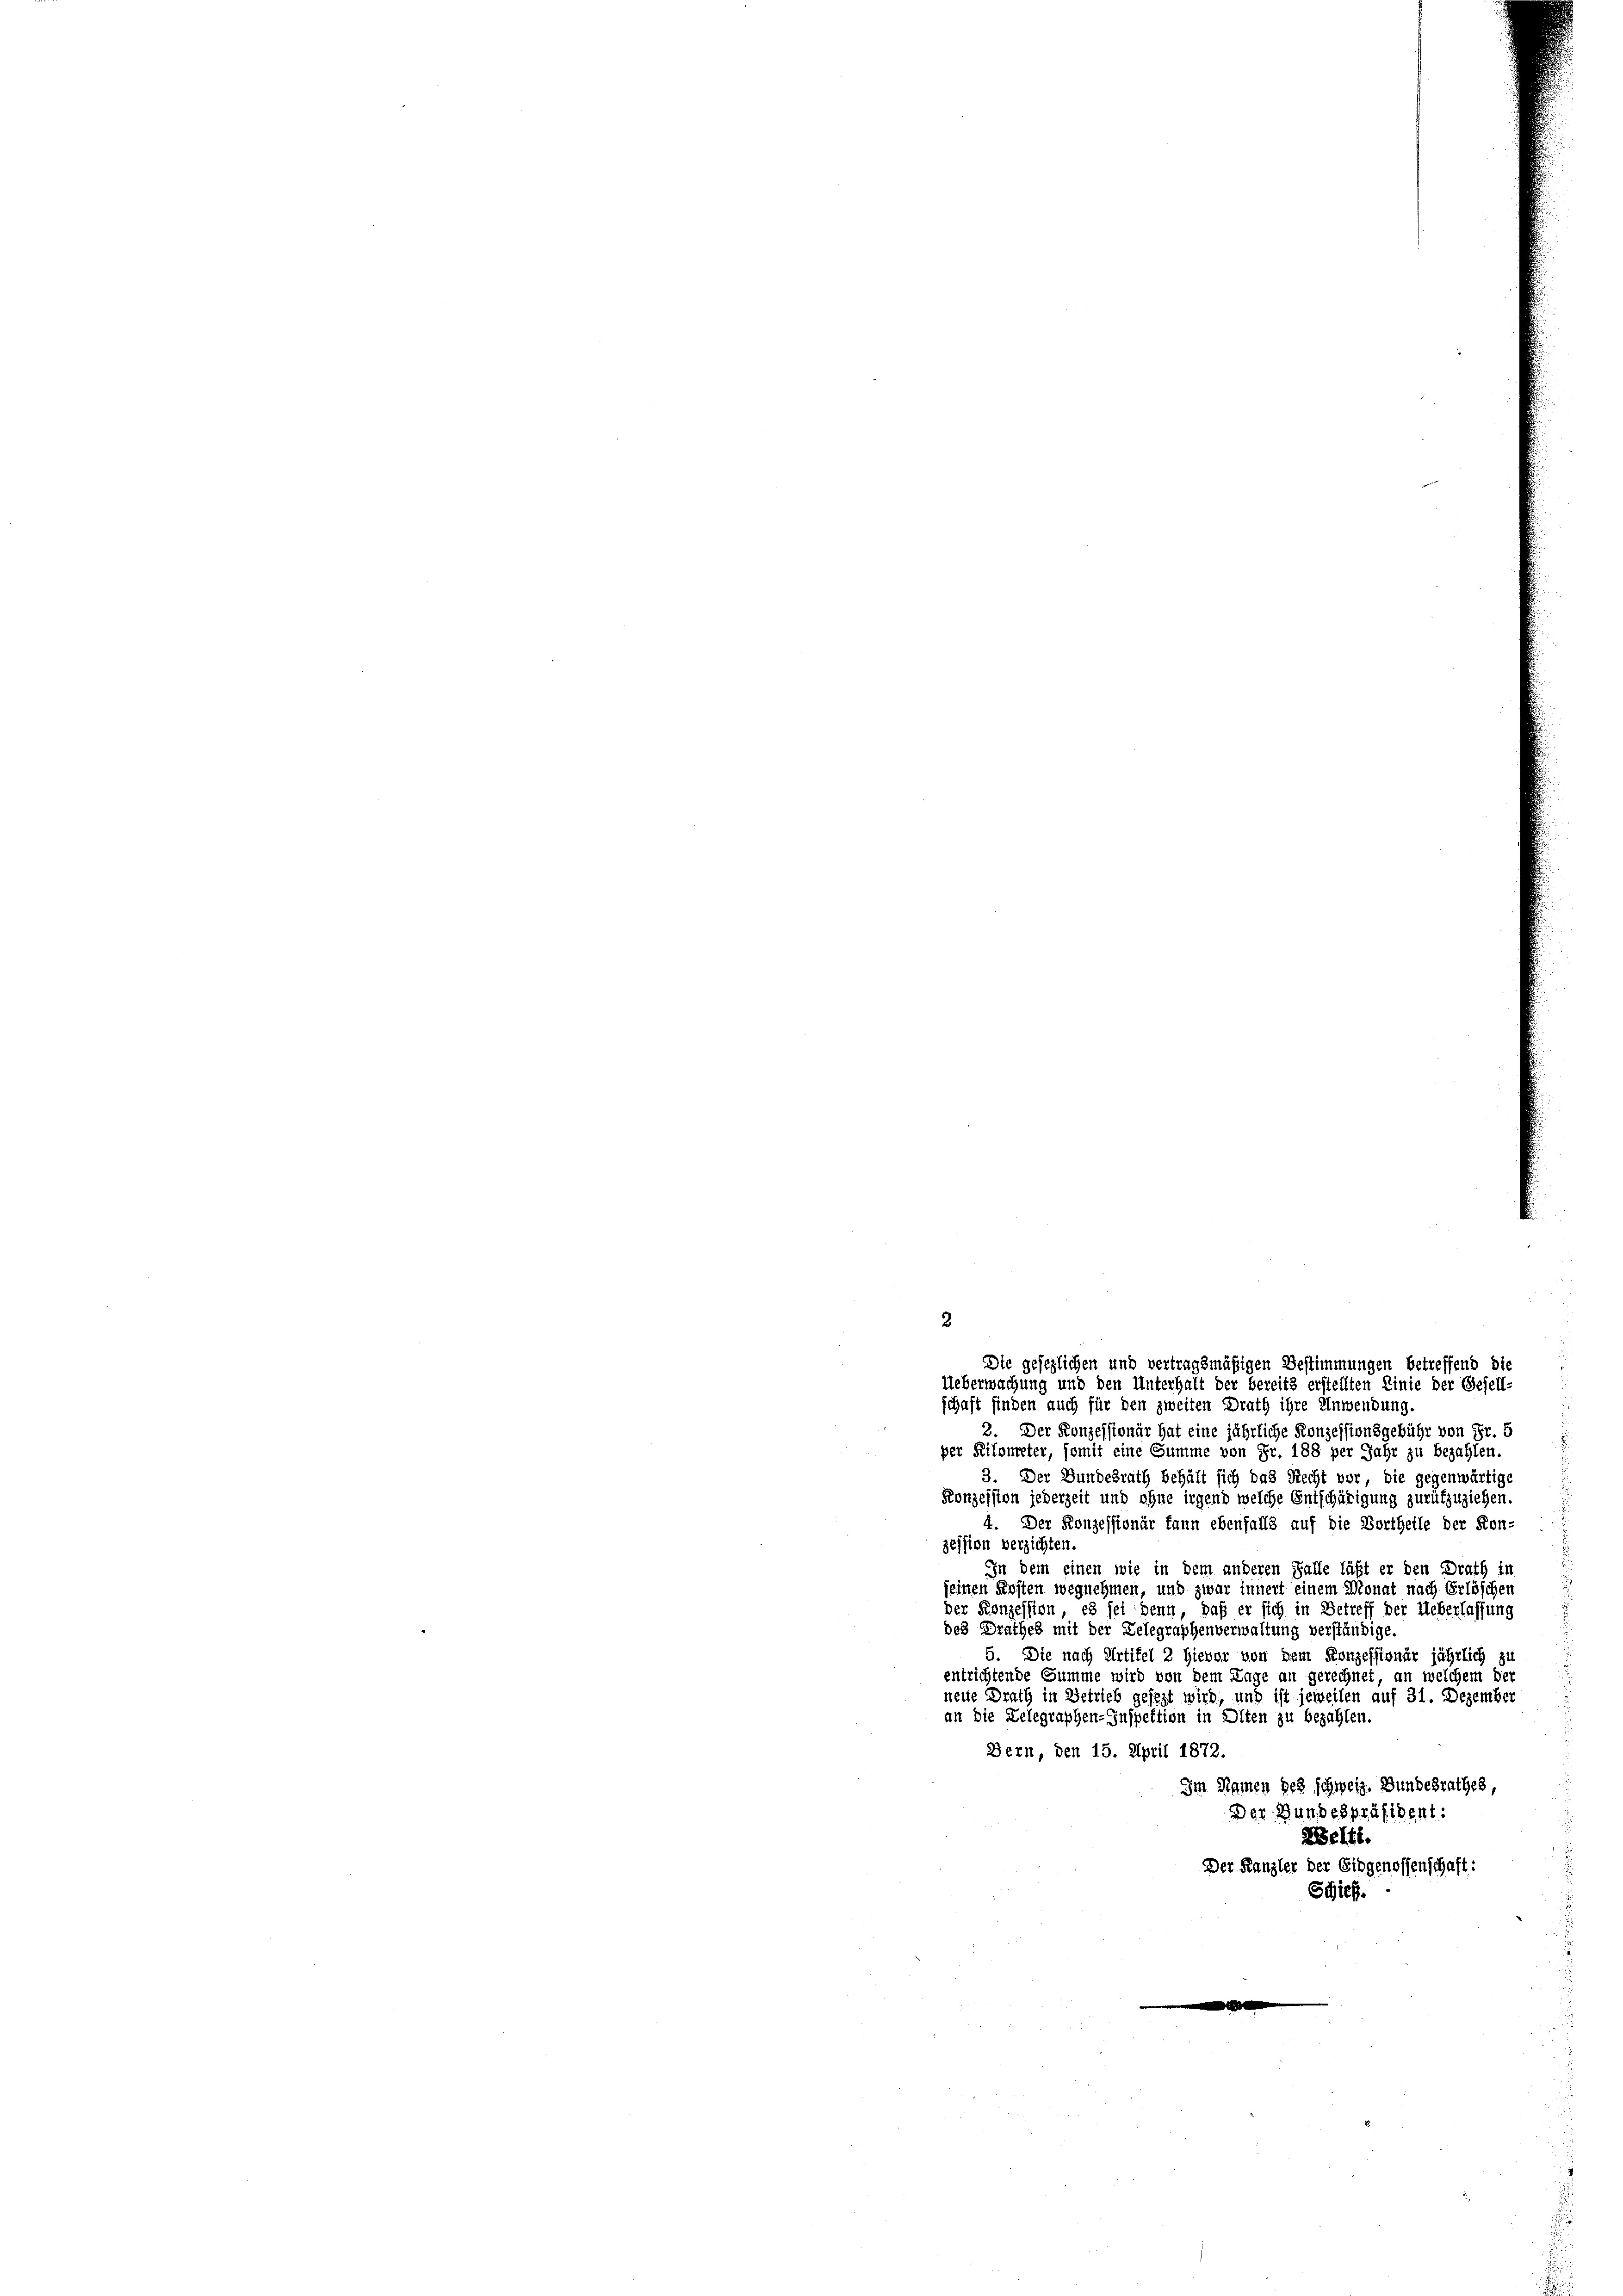
Die gesezlichen und vertragsmäßigen Bestimmungen betreffend die
Ueberwachung und den Unterhalt der bereits erstellten Linie der Gesell-
schaft finden auch für den zweiten Drath ihre Anwendung.
2. Der Konzessionär hat eine jährliche Konzessionsgebühr von Fr. 5
per Peilometer, somit eine Summe von Fr. 188 per Jahr zu bezahlen.
3. Der Bundesrath behält sich das Recht vor, die gegenwärtige
Konzession jederzeit und ohne irgend welche Entschädigung zurükzuziehen.
4. Der Konzessionär kann ebenfalls auf die Vortheile der Kon-
zession verzichten.
In dem einen wie in dem anderen Falle läßt er den Drath in
seinen Kosten wegnehmen, und zwar innert einem Monat nach Erlöschen
der Konzession, es sei denn, daß er sich in Betreff der Ueberlassung
des Drathes mit der Delegraphenverwaltung verständige.
5. Die nach Artikel 2 hievor von dem Konzessionär jährlich zu
entrichtende Summe wird von dem Tage an gerechnet, an welchem der
neue Drath in Betrieb gesezt wird, und ist jeweilen auf 31. Dezember
an die Gelegraphen-Inspektion in Olten zu bezahlen.
Bern, den 15. April 1872.
Im Namen des schweiz. Bundesrathes,
Der Bundespräsident:
ZBelti.
Der Kanzler der Eidgenossenschaft:
Schief.